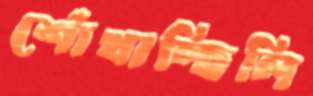
শোঁখাচ্ছিলি